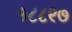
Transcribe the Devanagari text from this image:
१८८९७